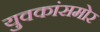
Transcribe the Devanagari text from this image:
युवकांसमोर